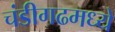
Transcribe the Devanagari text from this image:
चंडीगढमध्ये